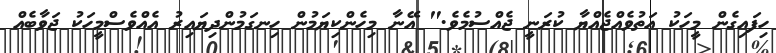
ހިފައިގެން މީހަކު އަތުވެއްޖެއްޔާ ކުރަނީ ޖެއްސުމެވެ." އޭނާ މިހެންކިޔަމުން ހިނގަމުންދިޔައިރު އެއްވެސްމީހަކު ޖަވާބެއް